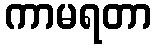
ကာမရတာ